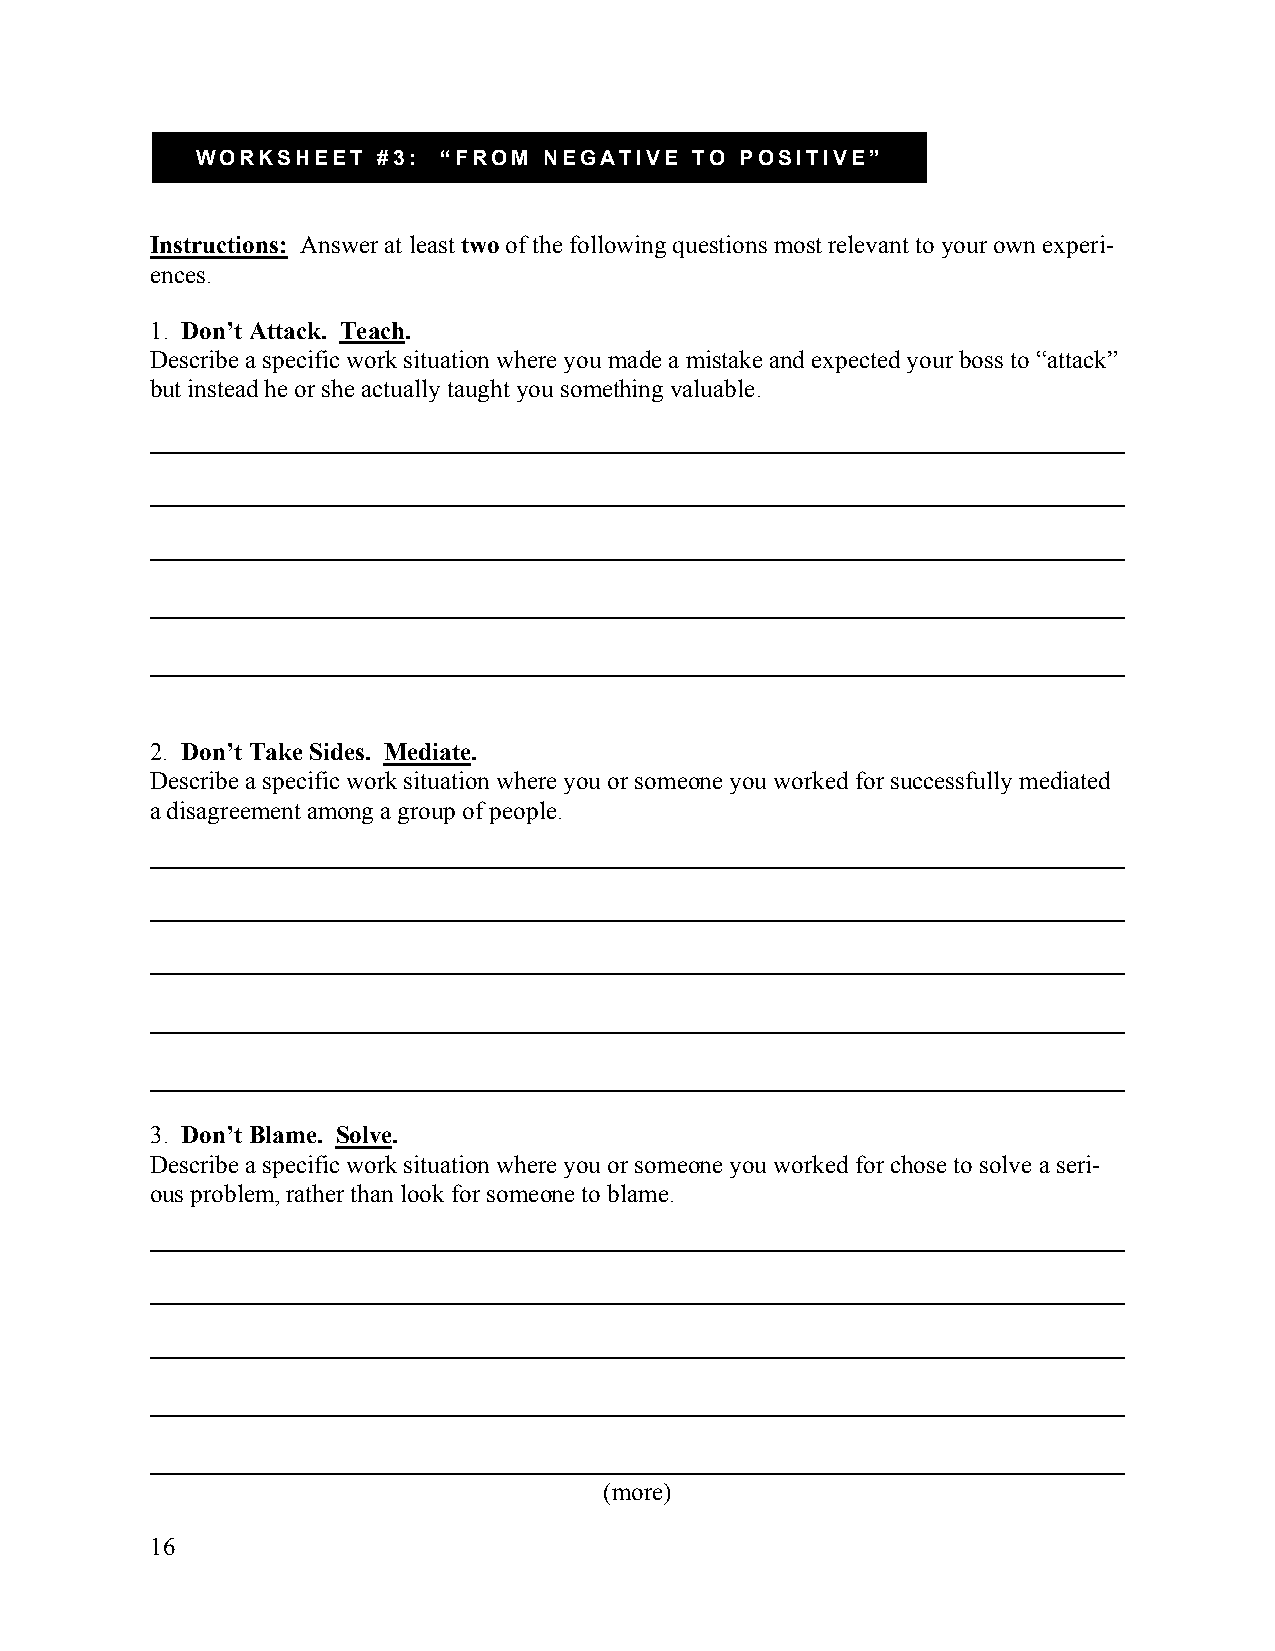
WORKSHEET   #3: “FROM  NEGATIVE  TO POSITIVE”
 Instructions: Answer at least two of the following questions most relevant to your own experi-
 ences.
 1. Don’t Attack. Teach.
 Describe a specific work situation where you made a mistake and expected your boss to “attack”
 but instead he or she actually taught you something valuable.
 2. Don’t Take Sides. Mediate.
 Describe a specific work situation where you or someone you worked for successfully mediated
 a disagreement among a group of people.
 3. Don’t Blame. Solve.
 Describe a specific work situation where you or someone you worked for chose to solve a seri-
 ous problem, rather than look for someone to blame.
 (more)
 16